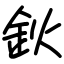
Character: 鈥